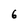
Character: 6